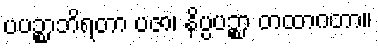
ပပဉ္စာဘိရတာ ပဇာ၊ နိပ္ပပဉ္စာ တထာဂတာ။